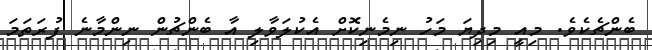
ބެންޗެކެވެ. މިއީ މިދިޔަ މަހު ނިމެނިކޮށް އެކުލަވާލި އާ ބެންޗުން ނިންމާނެ ފުރަތަމަ